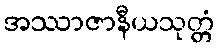
အဿာဇာနီယသုတ္တံ